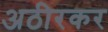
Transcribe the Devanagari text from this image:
अठीरकर